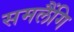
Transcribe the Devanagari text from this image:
समलैंगि